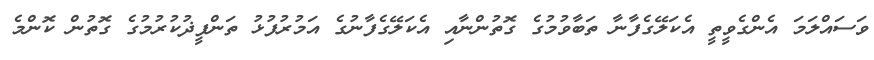
ވަސައްލަމަ އެންގެވީތީ އެކަލޭގެފާނާ ތަބާވުމުގެ ގޮތުންނާއި އެކަލޭގެފާނުގެ އަމުރުފުޅު ތަންފީޛުކުރުމުގެ ގޮތުން ކޮންމެ